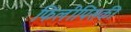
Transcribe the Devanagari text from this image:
फिलीपिंसकी